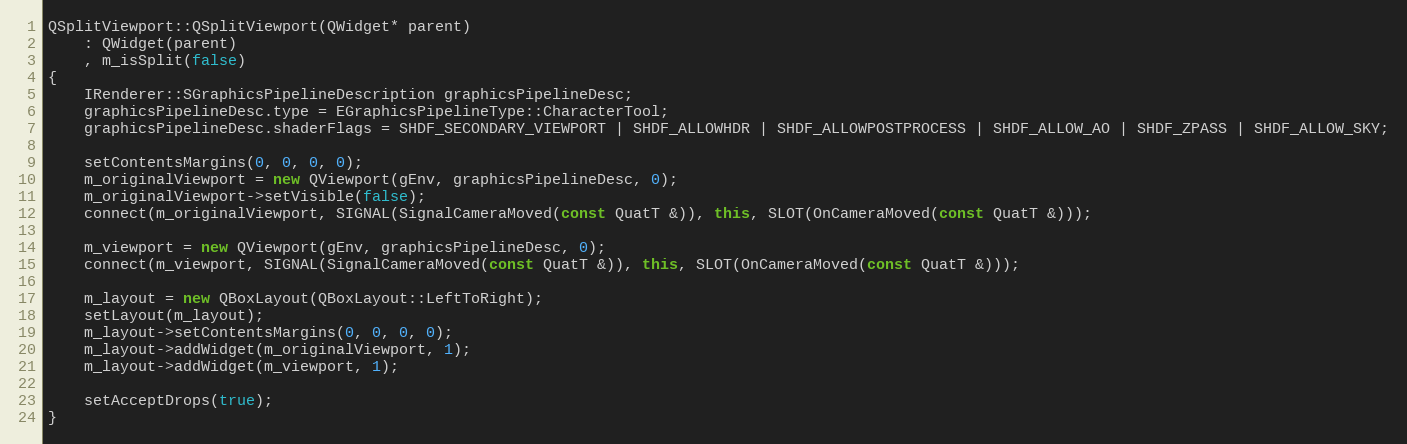
Language: C++
QSplitViewport::QSplitViewport(QWidget* parent)
	: QWidget(parent)
	, m_isSplit(false)
{
	IRenderer::SGraphicsPipelineDescription graphicsPipelineDesc;
	graphicsPipelineDesc.type = EGraphicsPipelineType::CharacterTool;
	graphicsPipelineDesc.shaderFlags = SHDF_SECONDARY_VIEWPORT | SHDF_ALLOWHDR | SHDF_ALLOWPOSTPROCESS | SHDF_ALLOW_AO | SHDF_ZPASS | SHDF_ALLOW_SKY;

	setContentsMargins(0, 0, 0, 0);
	m_originalViewport = new QViewport(gEnv, graphicsPipelineDesc, 0);
	m_originalViewport->setVisible(false);
	connect(m_originalViewport, SIGNAL(SignalCameraMoved(const QuatT &)), this, SLOT(OnCameraMoved(const QuatT &)));

	m_viewport = new QViewport(gEnv, graphicsPipelineDesc, 0);
	connect(m_viewport, SIGNAL(SignalCameraMoved(const QuatT &)), this, SLOT(OnCameraMoved(const QuatT &)));

	m_layout = new QBoxLayout(QBoxLayout::LeftToRight);
	setLayout(m_layout);
	m_layout->setContentsMargins(0, 0, 0, 0);
	m_layout->addWidget(m_originalViewport, 1);
	m_layout->addWidget(m_viewport, 1);

	setAcceptDrops(true);
}